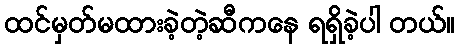
ထင်မှတ်မထားခဲ့တဲ့ဆီကနေ ရရှိခဲ့ပါ တယ်။